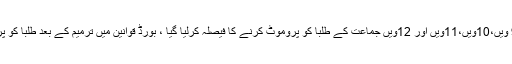
کراچی : سندھ میں 9 ویں،10ویں،11ویں اور 12ویں جماعت کے طلبا کو پروموٹ کرنے کا فیصلہ کرلیا گیا ، بورڈ قوانین میں ترمیم کے بعد طلبا کو پروموٹ کیا جائے گا‌۔